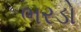
ભરડો